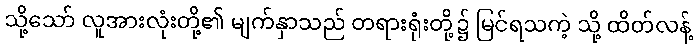
သို့သော် လူအားလုံးတို့၏ မျက်နှာသည် တရားရုံးတို့၌ မြင်ရသကဲ့ သို့ ထိတ်လန့်